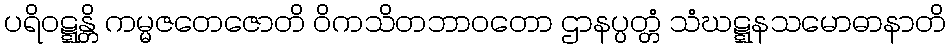
ပရိဝဋ္ဋန္တိ ကမ္မဇတေဇောတိ ဝိကသိတဘာဝတော ဌာနပ္ပတ္တံ သံဃဋ္ဋနသမောဓာနာတိ